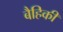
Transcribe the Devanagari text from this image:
बैहिकी